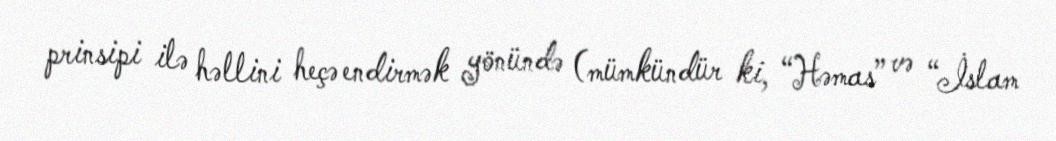
prinsipi ilə həllini heçə endirmək yönündə (mümkündür ki, “Həmas” və “İslam